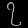
Digit: ၇